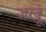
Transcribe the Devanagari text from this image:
जखू